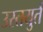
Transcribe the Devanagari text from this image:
उस्तयुर्त